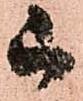
被